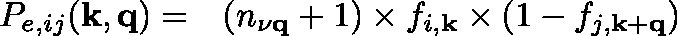
\begin{array} { r l } { P _ { e , i j } ( \mathbf { k , q } ) = } & { { } ( n _ { \mathbf { \nu \mathbf { q } } } + 1 ) \times f _ { i , \mathbf { k } } \times ( 1 - f _ { j , \mathbf { k + q } } ) } \end{array}